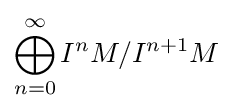
\bigoplus _{n=0}^{\infty }I^{n}M/I^{n+1}M